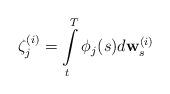
LaTeX: \begin{align*}\zeta_{j}^{(i)}=\int\limits_t^T \phi_{j}(s) d{\bf w}_s^{(i)}\end{align*}